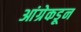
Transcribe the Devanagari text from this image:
आंग्रेकडून